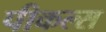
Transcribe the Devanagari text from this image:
पीकल्स